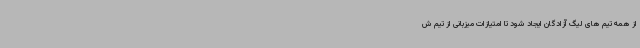
از همه تیم های لیگ آزادگان ایجاد شود تا امتیازات میزبانی از تیم ش